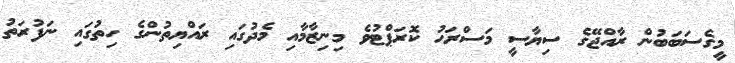
މީގެސަބަބުން ރާއްޖޭގެ ސިޔާސީ މަސްރަޙު ކޮރަޕްޓުވެ މިނިޒާމާއި މެދުގައި ރައްޔިތުންގެ ހިތުގައި ނަފުރަތު